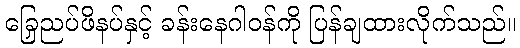
ခြေညှပ်ဖိနပ်နှင့် ခန်းနေဂါဝန်ကို ပြန်ချထားလိုက်သည်။